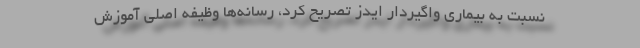
نسبت به بیماری واگیردار ایدز تصریح کرد، رسانه‌ها وظیفه اصلی آموزش